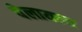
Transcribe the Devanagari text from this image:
पेलायला